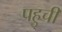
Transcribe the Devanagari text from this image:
पहुचीं